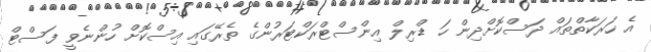
އެ ހަރަކާތްތައް ދަސްކޮށްދިން ހަ ޑްރިލް އިންސްޓްރަކްޓަރުންގެ ތެރޭގައި އިސްކޮށް ހުންނެވީ ފަސްޓް